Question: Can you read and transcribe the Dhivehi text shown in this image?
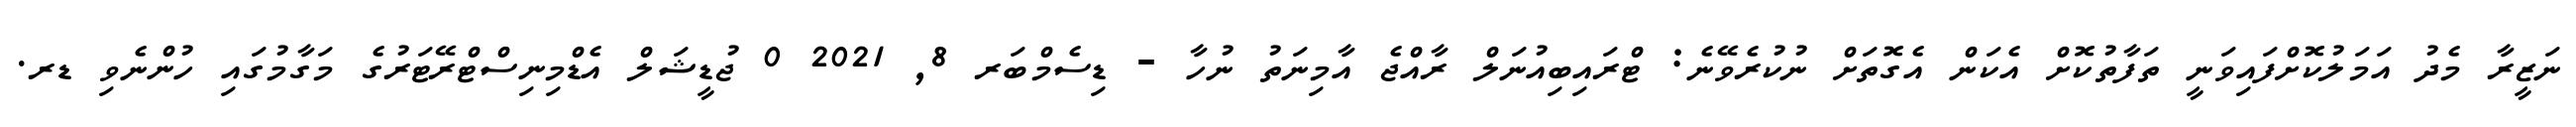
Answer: ނަޒީރާ މެދު އަމަލުކޮށްފައިވަނީ ތަފާތުކޮށް އެކަން އެގޮތަށް ނުކުރެވޭނެ: ޓްރައިބިއުނަލް ރާއްޖެ އާމިނަތު ނުހާ - ޑިސެމްބަރ 8, 2021 0 ޖުޑީޝަލް އެޑްމިނިސްޓްރޭޓަރުގެ މަގާމުގައި ހުންނެވި ޑރ.